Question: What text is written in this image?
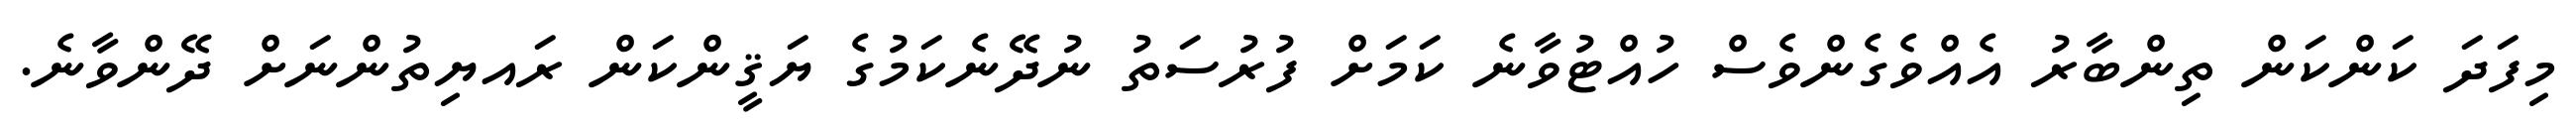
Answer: މިފަދަ ކަންކަން ތިންބާރު އެއްވެގެންވެސް ހުއްޓުވާނެ ކަމަށް ފުރުސަތު ނުދޭނެކަމުގެ ޔަޤީންކަން ރައޔިތުންނަށް ދޭންވާނެ.